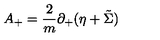
A _ { + } = { \frac { 2 } { m } } \partial _ { + } ( \eta + \tilde { \Sigma } )